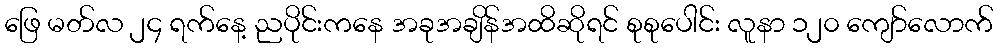
ဖြေ မတ်လ ၂၄ ရက်နေ့ ညပိုင်းကနေ အခုအချိန်အထိဆိုရင် စုစုပေါင်း လူနာ ၁၂၀ ကျော်လောက်